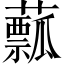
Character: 䕯